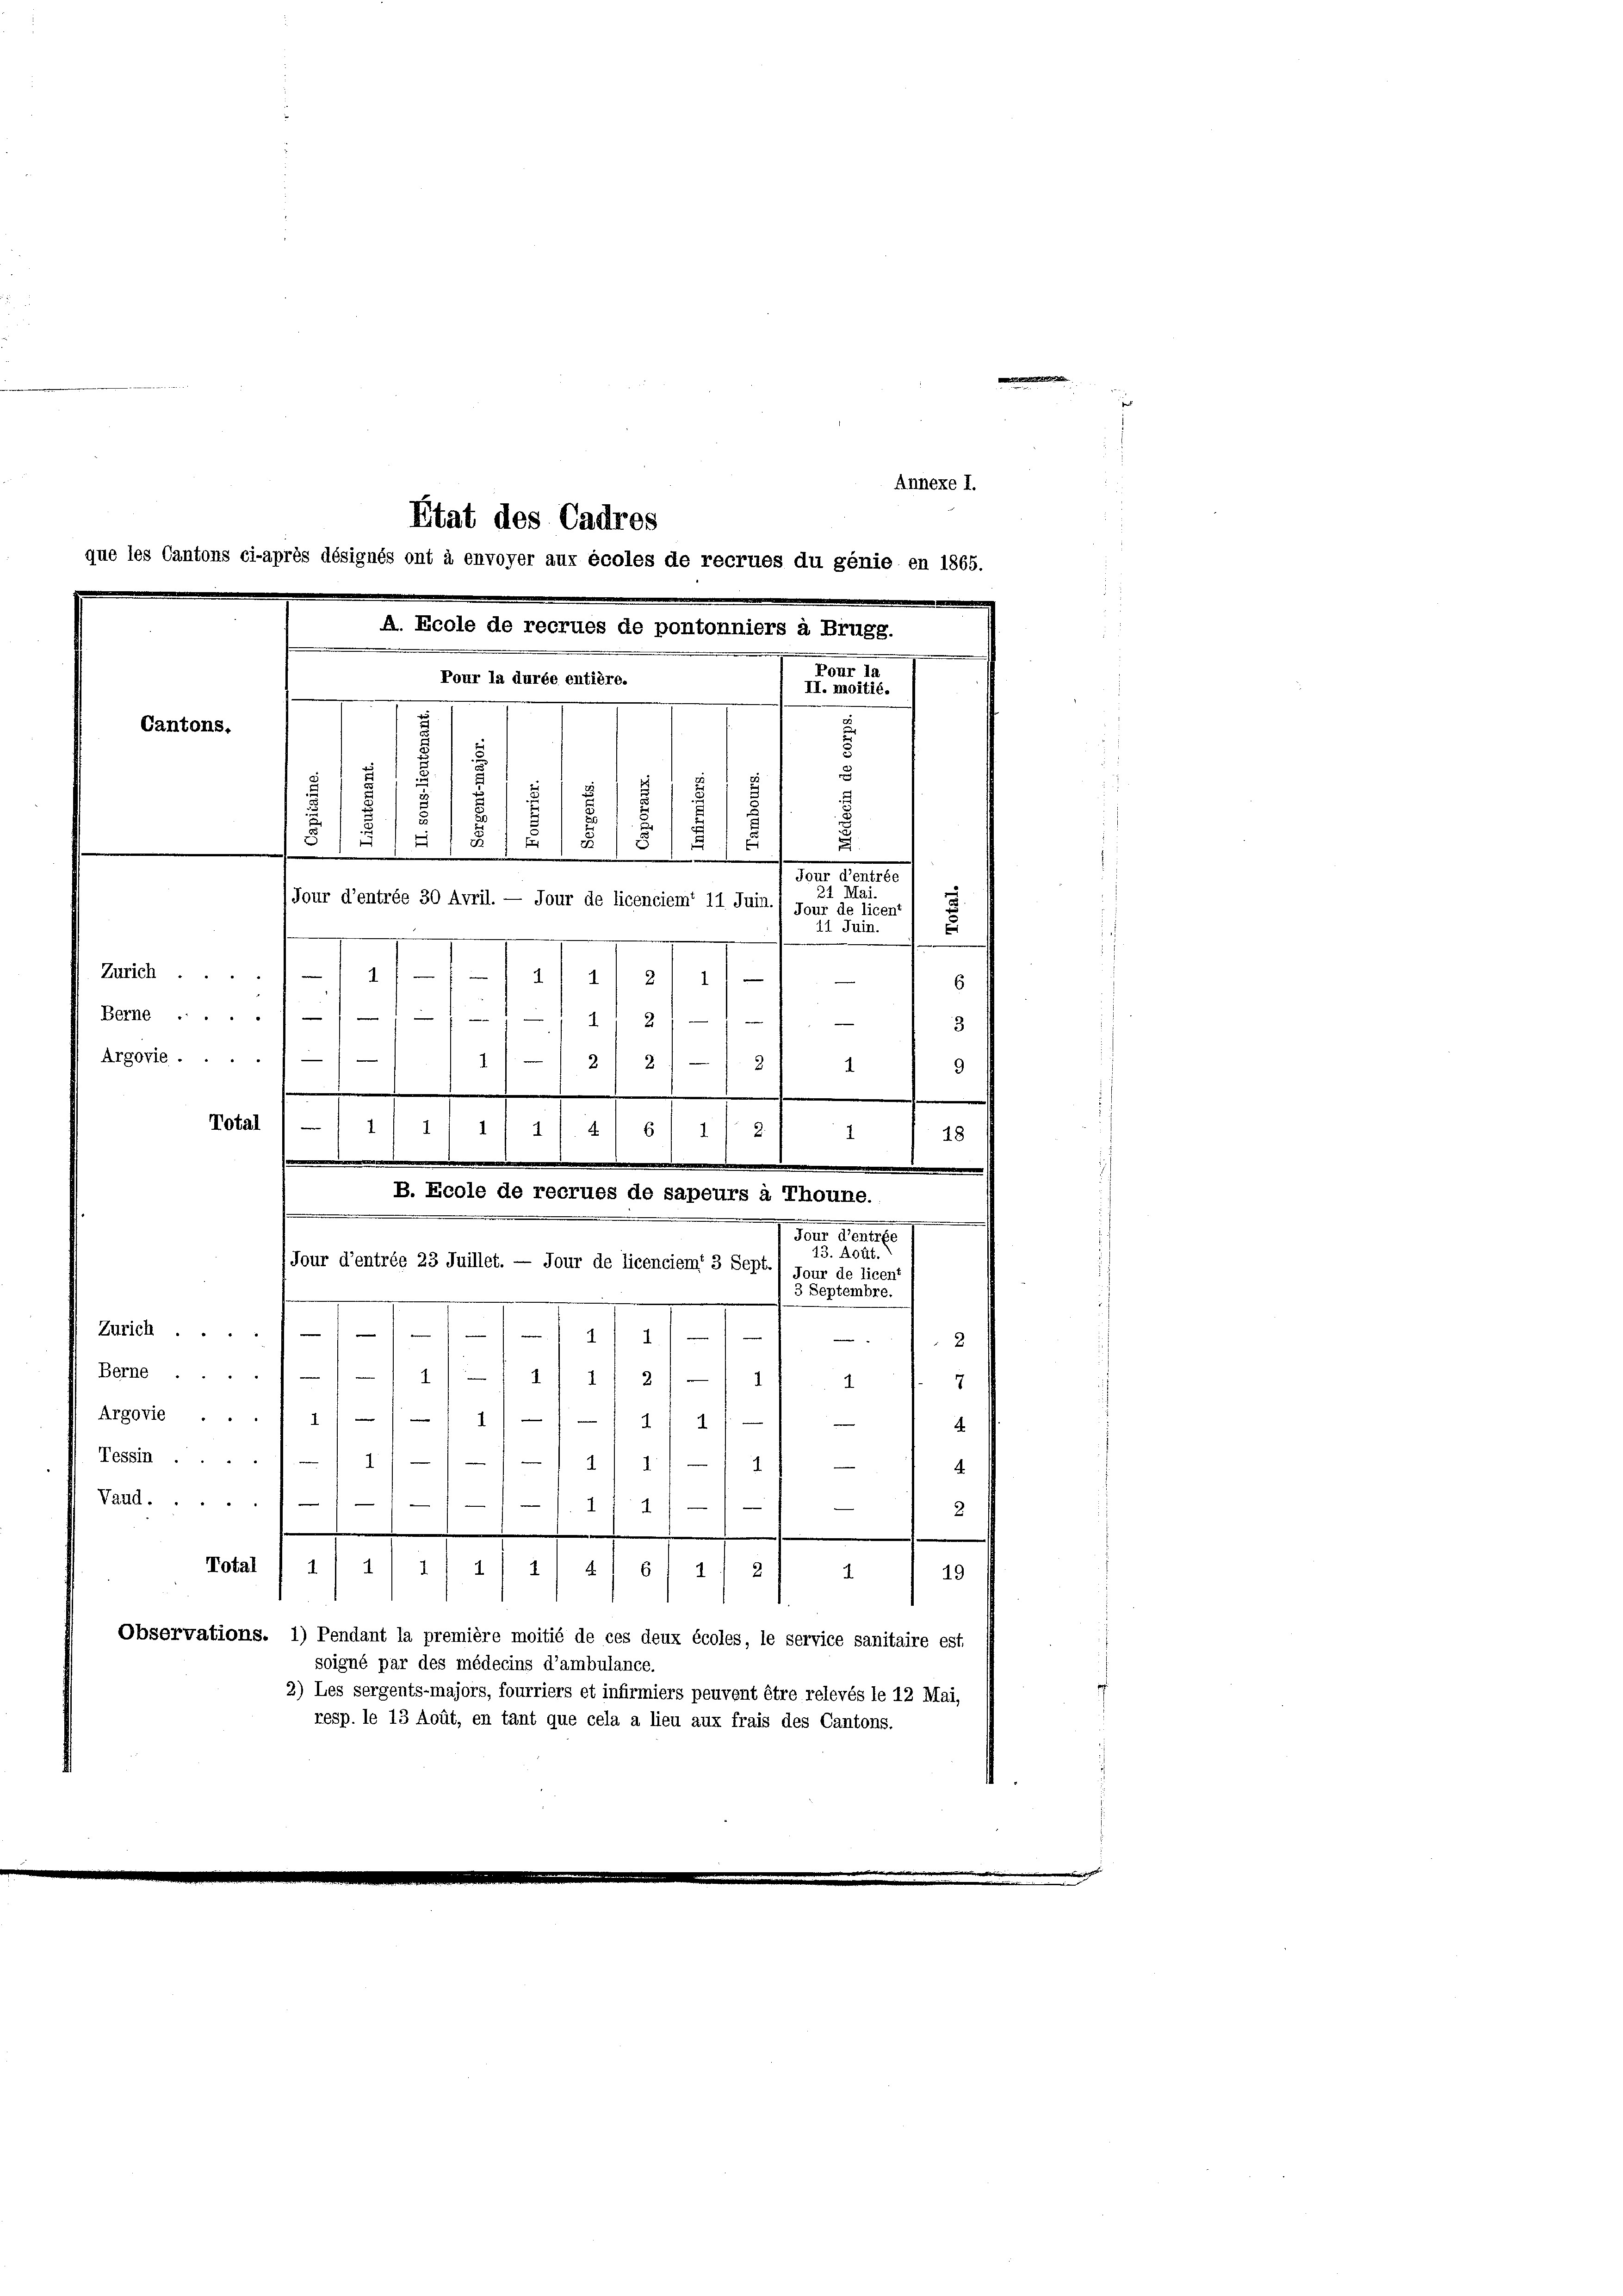
A. Ecole de recrues de pontonniers à Brugg.
Fores 1
Pour la durée entière.
II. moitié.
—
Cantons.
s
.
d
s
.
n
s
n
x
/8/5
E
.
.
.

Annexe I.
Etat des Cadres
que les Cantons ci-après désignés ont à envoyer aux écoles de recrues du genie en 1865.

Jour d’entrée 30 Avril. — Jour de licenciem“ 11 Juin.) Jour de licen“
Zürich 1 1/
/ 41 2) 11
Bane.11/11 11 2///. - 1 3
Argovie
1
2) 2
3.
1
9
e
.
Notal (-) 11
1
1/4 6 1/2
.
18
.
.
13. Aout.
(Jour d’entrée 23 Juillet. — Jour de licenciemt 3 Sept.1 jour de licent
3 Septembre.
Zürich ....

2
Berne./// 1/1 11 11 2) — 11 4
7
Argovie ..
111/11 11)
¬
Tessin ....
1

2
4.
Vaud. 11
14/
2
.
Notal (1 / 4) 11 1
1
41 611) 2) u 1 49
Observations. 1) Pendant la première moitié de ces deux écoles, le service sanitaire est
soigné par des médecins d’ambulance.
2) Les sergents-majors, fourriers et infirmiers peuvent être relevés le 12 Mai,
resp. le 13 Aoüt, en tant que cela a lieu aux frais des Cantons.

B. Ecole de recrues de sapeurs à Thoune.
dore Genere

Tore. Seiter
21 Mai.
.
11 Juin.
6